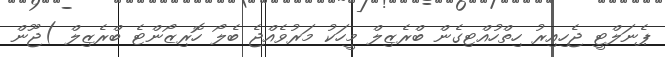
ޕެނަލްޓީ ޖެހިއިރު ހިތްހުއްޓިގެން ބްރެޒިލް މީހަކު މަރުވެއްޖެ ބެލޯ ހޮރިޒޯންޓެ ބްރެޒިލް )ޖޫން